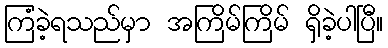
ကြံခဲ့ရသည်မှာ အကြိမ်ကြိမ် ရှိခဲ့ပါပြီ။